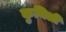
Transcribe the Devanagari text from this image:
कुमिली